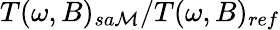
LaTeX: T(\omega,B)_{sa\mathcal{M}}/T(\omega,B)_{ref}